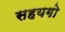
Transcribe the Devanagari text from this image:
सहयगो